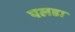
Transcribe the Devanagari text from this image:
पलडा